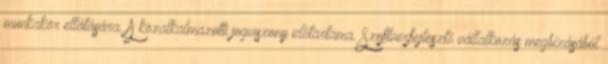
munkakör ellátására. A közalkalmazotti jogviszony időtartama. Szoftverfejlesztő vállalkozás megbízásából